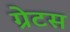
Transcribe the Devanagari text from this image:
ग्रेटस